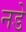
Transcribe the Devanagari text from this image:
नडे